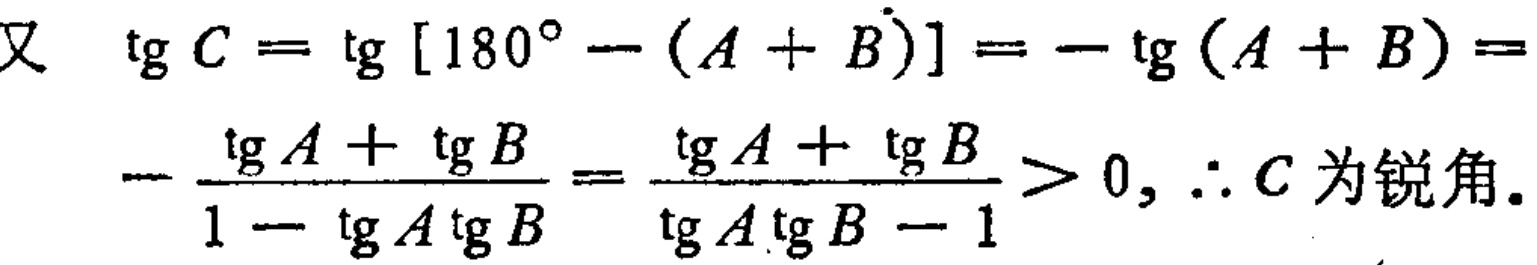
又 \(\tg C = \tg [180^{\circ} - (A + B)] = -\tg (A + B)=-\frac{\tg A+\tg B}{1 - \tg A\tg B}=\frac{\tg A+\tg B}{\tg A\tg B - 1}>0,\therefore C\)为锐角。